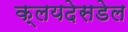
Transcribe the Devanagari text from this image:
क्लयदेसडेल